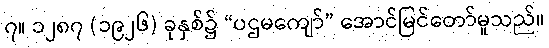
၇။ ၁၂၈၇ (၁၉၂၆) ခုနှစ်၌ “ပဌမကျော်” အောင်မြင်တော်မူသည်။